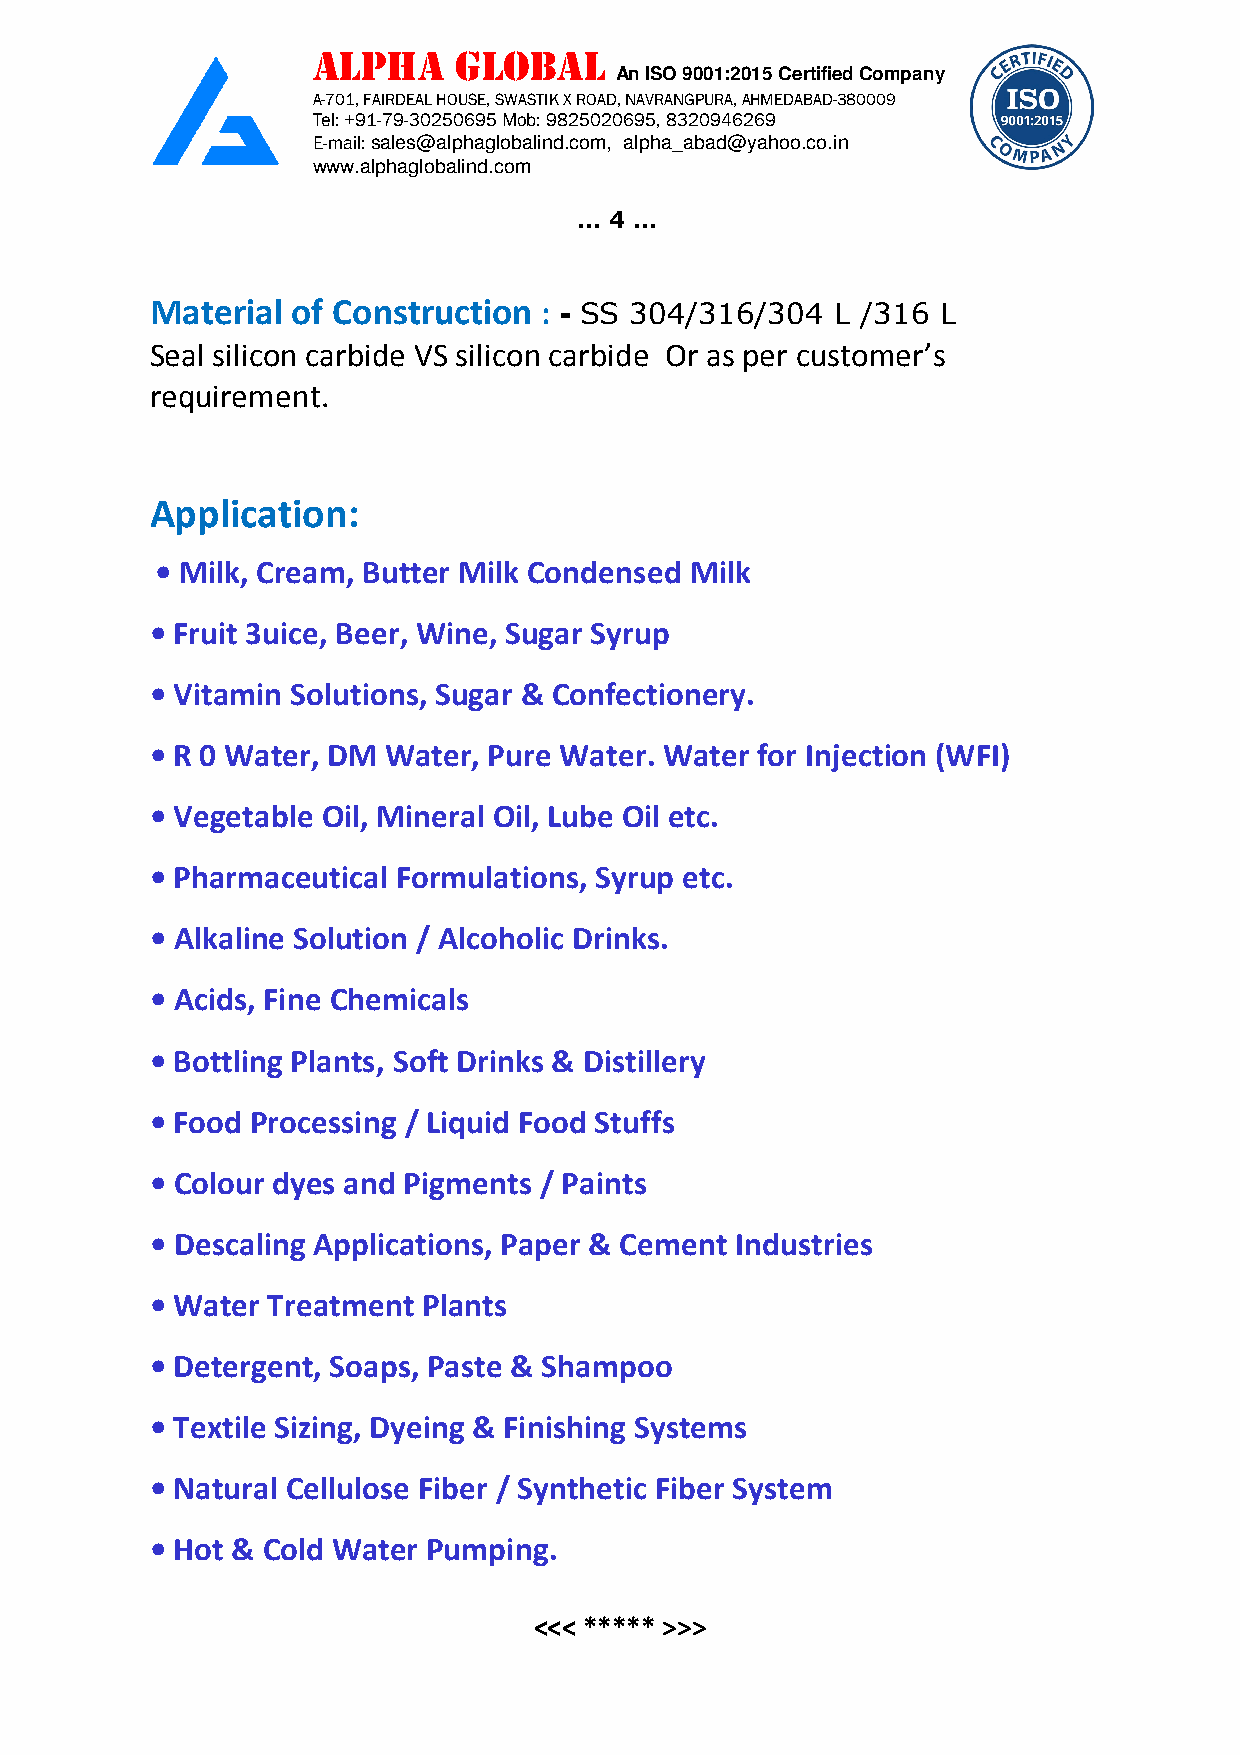
ALPHA    GLOBAL
 An ISO 9001:2015 Certified Company
 A-701, FAIRDEAL HOUSE, SWASTIK X ROAD, NAVRANGPURA, AHMEDABAD-380009
 Tel: +91-79-30250695 Mob: 9825020695, 8320946269
 E-mail: sales@alphaglobalind.com, alpha_abad@yahoo.co.in
 www.alphaglobalind.com
 … 4 …
 Material of Construction  : - SS 304/316/304 L /316 L
 Seal silicon carbide VS silicon carbide Or as per customer’s
 requirement.
 Application:
 • Milk, Cream, Butter Milk Condensed Milk
 • Fruit 3uice, Beer, Wine, Sugar Syrup
 • Vitamin Solutions, Sugar & Confectionery.
 • R 0 Water, DM Water, Pure Water. Water for Injection (WFI)
 • Vegetable Oil, Mineral Oil, Lube Oil etc.
 • Pharmaceutical Formulations, Syrup etc.
 • Alkaline Solution / Alcoholic Drinks.
 • Acids, Fine Chemicals
 • Bottling Plants, Soft Drinks & Distillery
 • Food Processing / Liquid Food Stuffs
 • Colour dyes and Pigments / Paints
 • Descaling Applications, Paper & Cement Industries
 • Water Treatment Plants
 • Detergent, Soaps, Paste & Shampoo
 • Textile Sizing, Dyeing & Finishing Systems
 • Natural Cellulose Fiber / Synthetic Fiber System
 • Hot & Cold Water Pumping.
 <<< ***** >>>